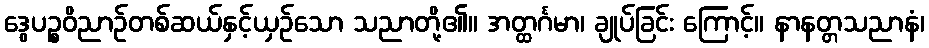
ဒွေပဉ္စဝိညာဉ်တစ်ဆယ်နှင့်ယှဉ်သော သညာတို့၏။ အတ္ထင်္ဂမာ၊ ချုပ်ခြင်း ကြောင့်။ နာနတ္တသညာနံ၊